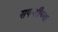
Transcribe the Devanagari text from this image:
सपाटीच्या